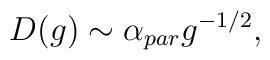
D(g) \sim \alpha_{par} g^{-1/2},